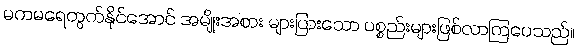
မကမရေတွက်နိုင်အောင် အမျိုးအစား များပြားသော ပစ္စည်းများဖြစ်လာကြပေသည်။